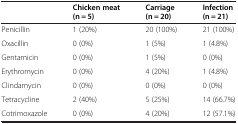
|  | Chicken meat (n = 5) | Carriage (n = 20) | Infection (n = 21) |
 | --- | --- | --- | --- |
 | Penicillin | 1 (20%) | 20 (100%) | 21 (100%) |
 | Oxacillin | 0 (0%) | 1 (5%) | 1 (4.8%) |
 | Gentamicin | 0 (0%) | 1 (5%) | 0 (0%) |
 | Erythromycin | 0 (0%) | 4 (20%) | 1 (4.8%) |
 | Clindamycin | 0 (0%) | 0 (0%) | 0 (0%) |
 | Tetracycline | 2 (40%) | 5 (25%) | 14 (66.7%) |
 | Cotrimoxazole | 0 (0%) | 4 (20%) | 12 (57.1%) |